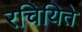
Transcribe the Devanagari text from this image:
रचियिते